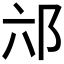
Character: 𮟮